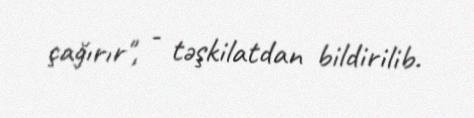
çağırır", - təşkilatdan bildirilib.